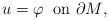
\begin{align*}u = \varphi \;\; \mbox{on $\partial M$},\end{align*}